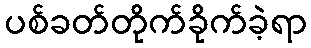
ပစ်ခတ်တိုက်ခိုက်ခဲ့ရာ